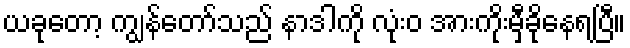
ယခုတော့ ကျွန်တော်သည် နာဒါကို လုံးဝ အားကိုးမှီခိုနေရပြီ။